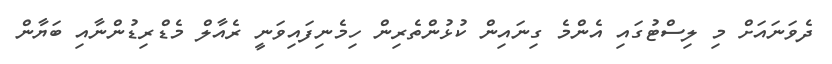
ދެވަނައަށް މި ލިސްޓުގައި އެންމެ ގިނައިން ކުޅުންތެރިން ހިމެނިފައިވަނީ ރެއާލް މެޑްރިޑުންނާއި ބަޔާން